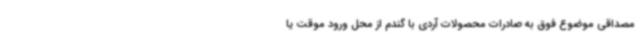
مصداقی موضوع فوق به صادرات محصولات آردی با گندم از محل ورود موقت یا